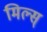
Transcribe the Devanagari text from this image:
मिल्स्